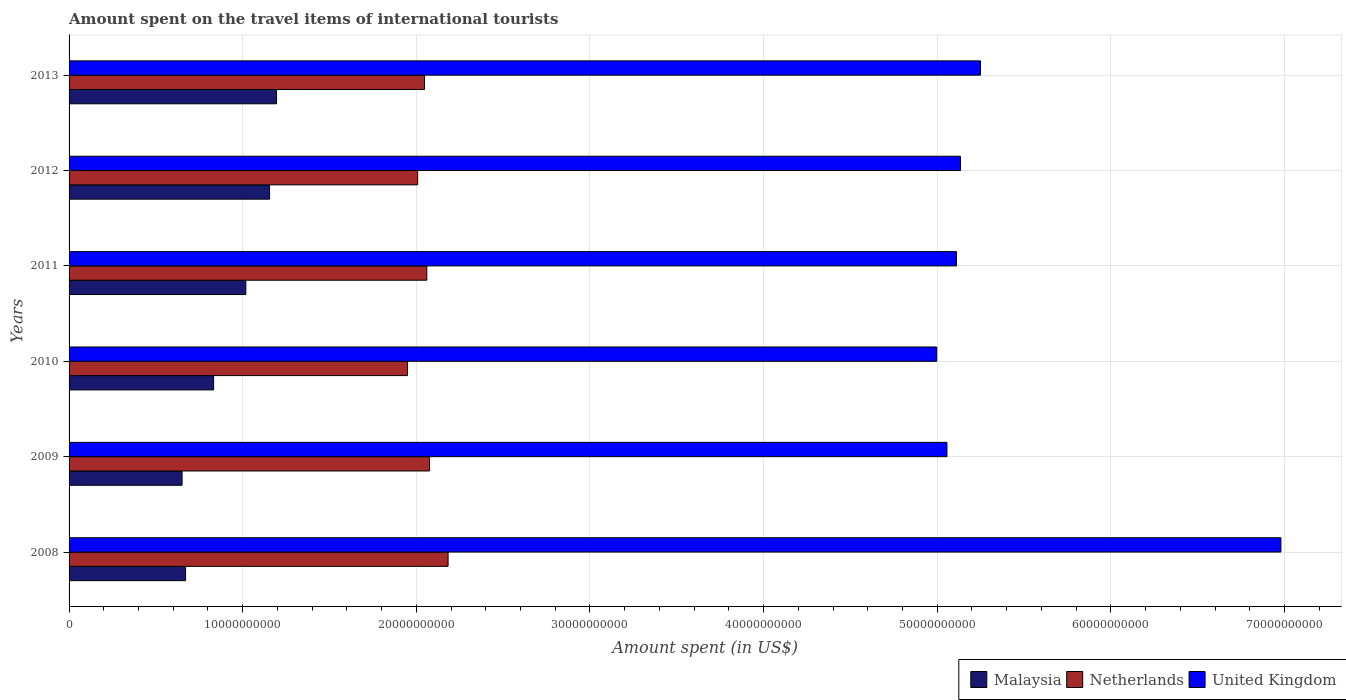
| Years | Malaysia | Netherlands | United Kingdom |
 | --- | --- | --- | --- |
 | 2008 | 6.71e+09 | 2.18e+10 | 6.98e+10 |
 | 2009 | 6.51e+09 | 2.08e+10 | 5.06e+10 |
 | 2010 | 8.32e+09 | 1.95e+10 | 5e+10 |
 | 2011 | 1.02e+10 | 2.06e+10 | 5.11e+10 |
 | 2012 | 1.15e+10 | 2.01e+10 | 5.13e+10 |
 | 2013 | 1.2e+10 | 2.05e+10 | 5.25e+10 |